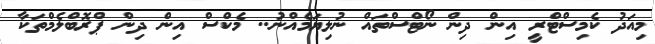
މިއަދު ކެމިސްޓްރީ އިން ދިން ނޯޓްސްތައް ނުލިޔަމެއްނު.. މެކްސް އިން ދިން ޕްރޮބްލެމްތަކާ